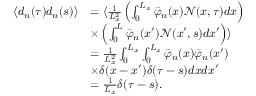
\begin{array} { r l } { \langle d _ { n } ( \tau ) d _ { n } ( s ) \rangle } & { = \langle \frac { 1 } { L _ { x } ^ { 2 } } \left( \int _ { 0 } ^ { L _ { x } } \bar { \varphi } _ { n } ( x ) \mathcal { N } ( x , \tau ) d x \right) } \\ & { \times \left( \int _ { 0 } ^ { L } \bar { \varphi } _ { n } ( x ^ { \prime } ) \mathcal { N } ( x ^ { \prime } , s ) d x ^ { \prime } \right) \rangle } \\ & { = \frac { 1 } { L _ { x } ^ { 2 } } \int _ { 0 } ^ { L _ { x } } \int _ { 0 } ^ { L _ { x } } \bar { \varphi } _ { n } ( x ) \bar { \varphi } _ { n } ( x ^ { \prime } ) } \\ & { \times \delta ( x - x ^ { \prime } ) \delta ( \tau - s ) d x d x ^ { \prime } } \\ & { = \frac { 1 } { L _ { x } } \delta ( \tau - s ) . } \end{array}